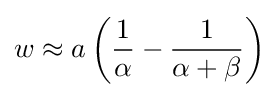
w\approx a\left({\frac {1}{\alpha }}-{\frac {1}{\alpha +\beta }}\right)